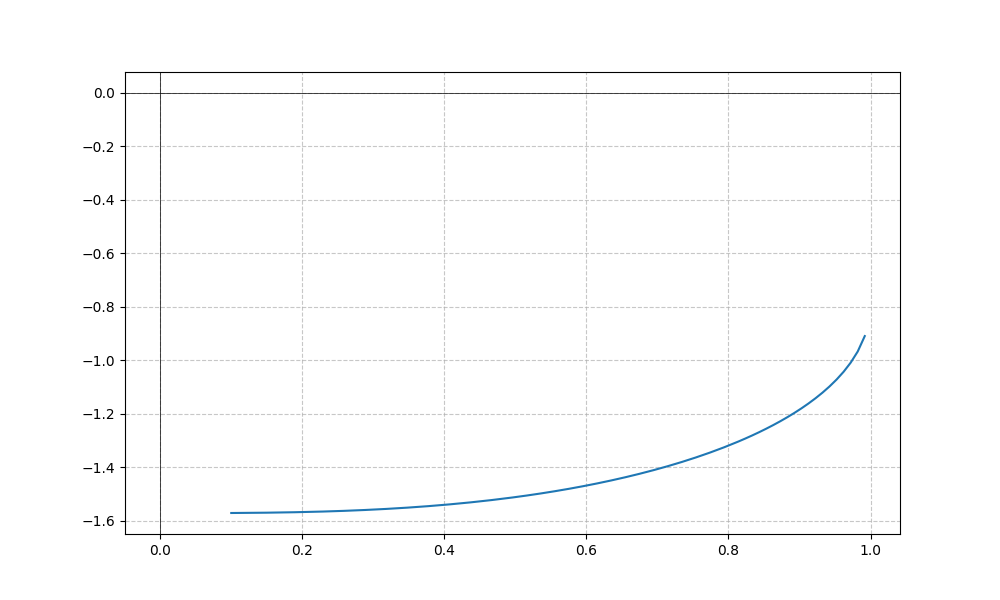
LaTeX formula: - \operatorname{acos}{\left(x \right)} - \operatorname{atan}{\left(x \right)}